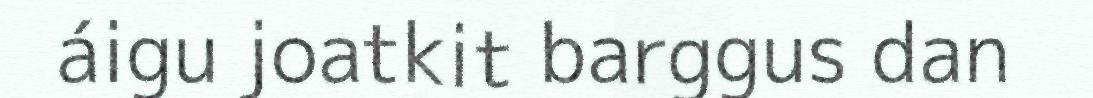
áigu joatkit barggus dan